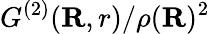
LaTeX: {{G^{(2)}}(\mathbf{R},r)}/{\rho({\mathbf{R}})^{2}}